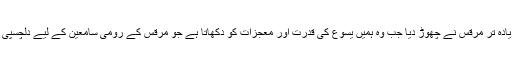
اِس میں سے زیادہ تر مرقس نے چھوڑ دیا جب وہ ہمیں یسوع کی قدرت اور معجزات کو دکھاتا ہے جو مرقس کے رومی سامعین کے لیے دلچسپی کا باعث تھے۔